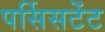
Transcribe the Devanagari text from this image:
पर्सिसटेंट